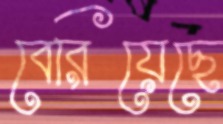
বেরিয়েছে